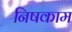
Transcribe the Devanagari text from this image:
निषकाम